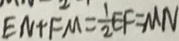
E N + F M = \frac { 1 } { 2 } E F = M N